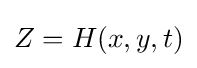
Z=H(x,y,t)